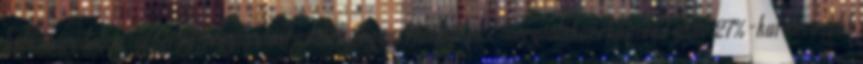
betörésvédelem-időzítés, fogyasztási adatok, fogyasztásmérés Energiatakarékos mód akár 27%-kal kevesebb